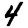
Digit: 4